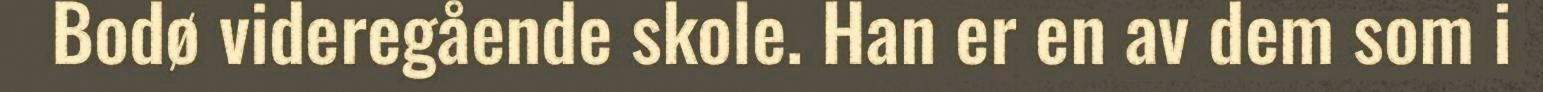
Bodø videregående skole. Han er en av dem som i